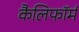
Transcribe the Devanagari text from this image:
कैलिफॉर्म